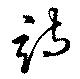
詩